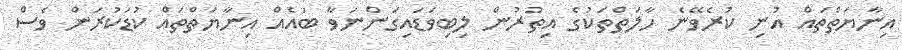
އިނާޔަތްތައް އުނި ކުރެވޭނެ ހާލަތްތަކުގެ އިތުރުން ލިބިވަޑައިގަންނަވާ ބައެއް އިނާޔަތްތައް ކުޑަކުރަން ވެސް